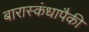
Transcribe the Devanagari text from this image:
बारास्कंधापैकी